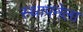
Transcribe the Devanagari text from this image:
स्‍थापनेला